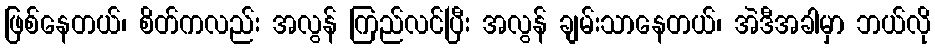
ဖြစ်နေတယ်၊ စိတ်ကလည်း အလွန် ကြည်လင်ပြီး အလွန် ချမ်းသာနေတယ်၊ အဲဒီအခါမှာ ဘယ်လို